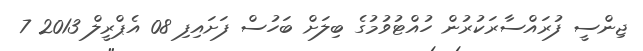
ޖިންސީ ފުރައްސާރަކުރުން ހުއްޓުވުމުގެ ބިލަށް ބަހުސް ފަށައިފި 08 އެޕްރީލް 2013 7